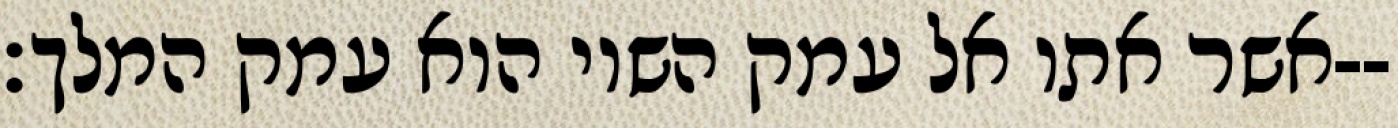
אשר אתו אל עמק השוי הוא עמק המלך׃--